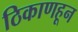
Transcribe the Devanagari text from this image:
ठिकाणहून